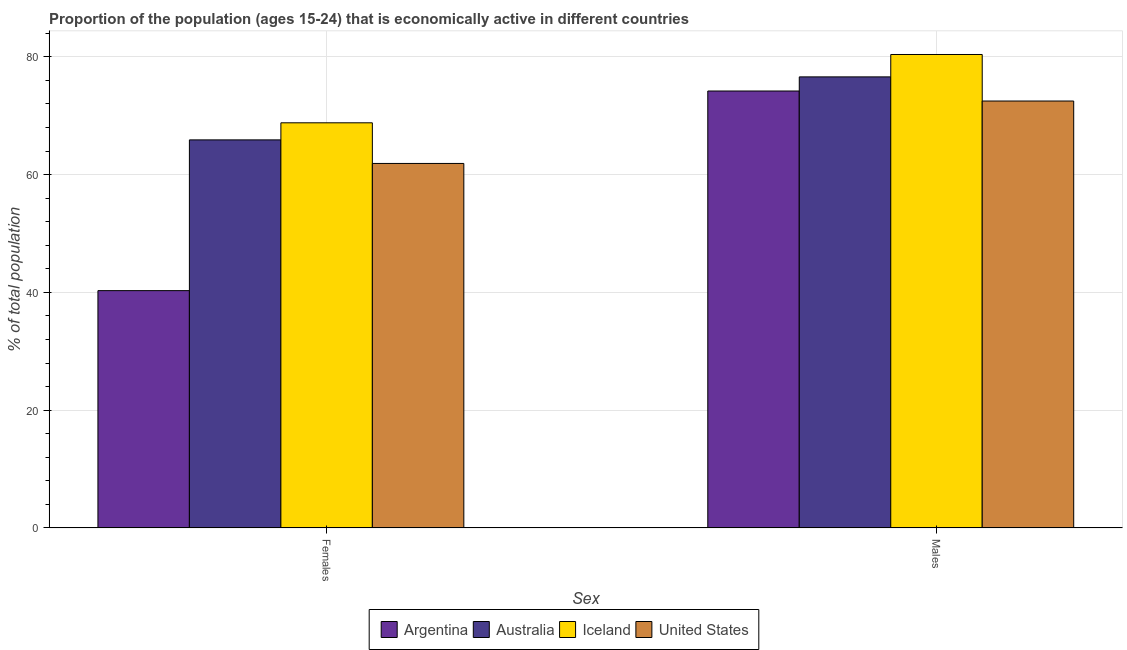
| Sex | Argentina | Australia | Iceland | United States |
 | --- | --- | --- | --- | --- |
 | Females | 40.3 | 65.9 | 68.8 | 61.9 |
 | Males | 74.2 | 76.6 | 80.4 | 72.5 |